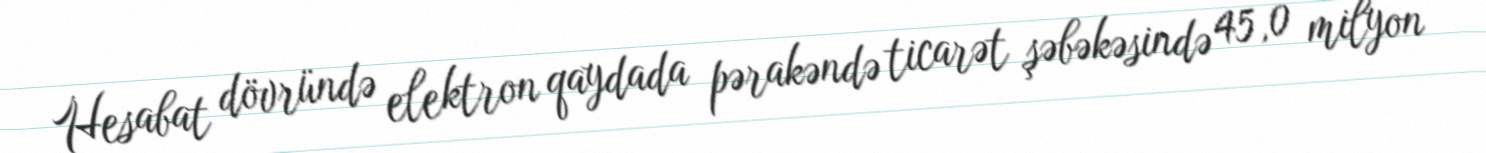
Hesabat dövründə elektron qaydada pərakəndə ticarət şəbəkəsində 45,0 milyon